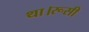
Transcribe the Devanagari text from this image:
था।रूसी